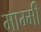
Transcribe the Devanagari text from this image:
माम्मी